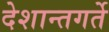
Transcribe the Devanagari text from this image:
देशान्तगर्ते